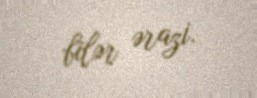
bilər ərazi.